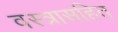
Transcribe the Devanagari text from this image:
वस्त्रासहित